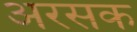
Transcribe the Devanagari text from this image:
अरसक